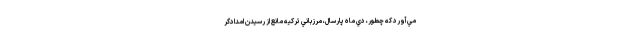
مي‌آورد كه چطور، دي ماه پارسال، مرزباني تركيه مانع از رسيدن امدادگر